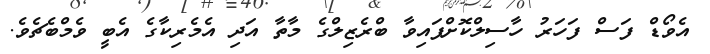
އެވޯޑް ފަސް ފަހަރު ހާސިލްކޮށްފައިވާ ބްރެޒިލްގެ މާތާ އަދި އެމެރިކާގެ އެބީ ވެމްބެޗެވެ.